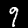
Label: 9